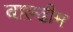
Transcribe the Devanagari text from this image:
बाल्ढीम